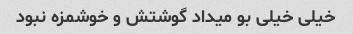
خیلی خیلی بو میداد گوشتش و خوشمزه نبود